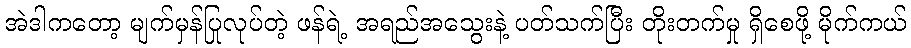
အဲဒါကတော့ မျက်မှန်ပြုလုပ်တဲ့ ဖန်ရဲ့ အရည်အသွေးနဲ့ ပတ်သက်ပြီး တိုးတက်မှု ရှိစေဖို့ မိုက်ကယ်